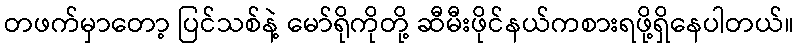
တဖက်မှာတော့ ပြင်သစ်နဲ့ မော်ရိုကိုတို့ ဆီမီးဖိုင်နယ်ကစားရဖို့ရှိနေပါတယ်။